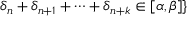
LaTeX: \delta _ { n } + \delta _ { n + 1 } + \cdots + \delta _ { n + k } \in [ \alpha , \beta ] \}